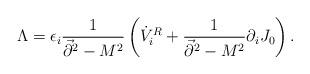
LaTeX: \begin{align*}\Lambda = \epsilon_i{1\over\vec{\partial}^2-M^2}\left(\dot{V}_i^R+{1\over \vec{\partial}^2-M^2}\partial_iJ_0\right).\end{align*}